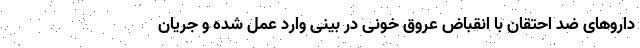
داروهای ضد احتقان با انقباض عروق خونی در بینی وارد عمل شده و جریان